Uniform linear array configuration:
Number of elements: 8
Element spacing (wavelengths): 0.75
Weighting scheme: hann
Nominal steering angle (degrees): -45
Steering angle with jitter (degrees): -45.24
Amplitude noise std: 0.05
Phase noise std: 0.05

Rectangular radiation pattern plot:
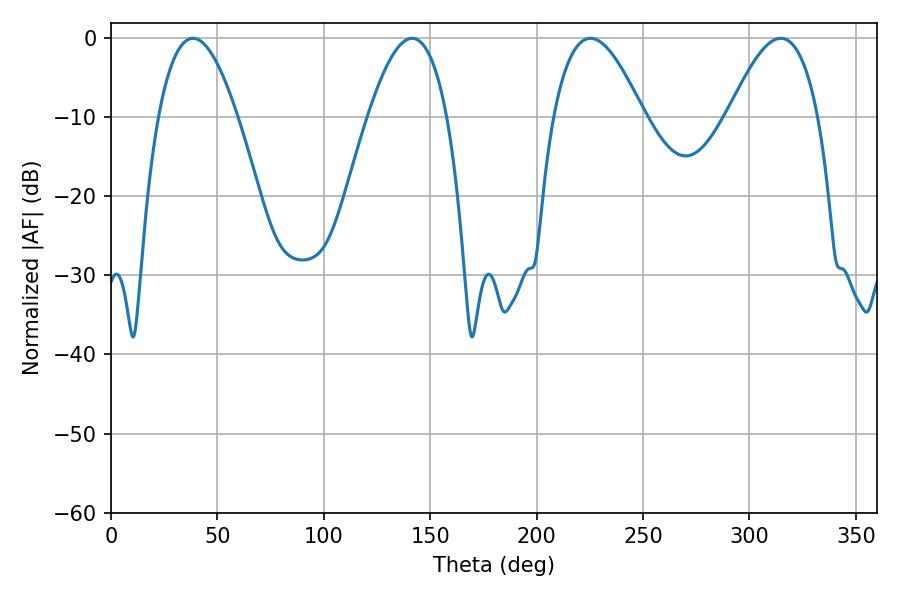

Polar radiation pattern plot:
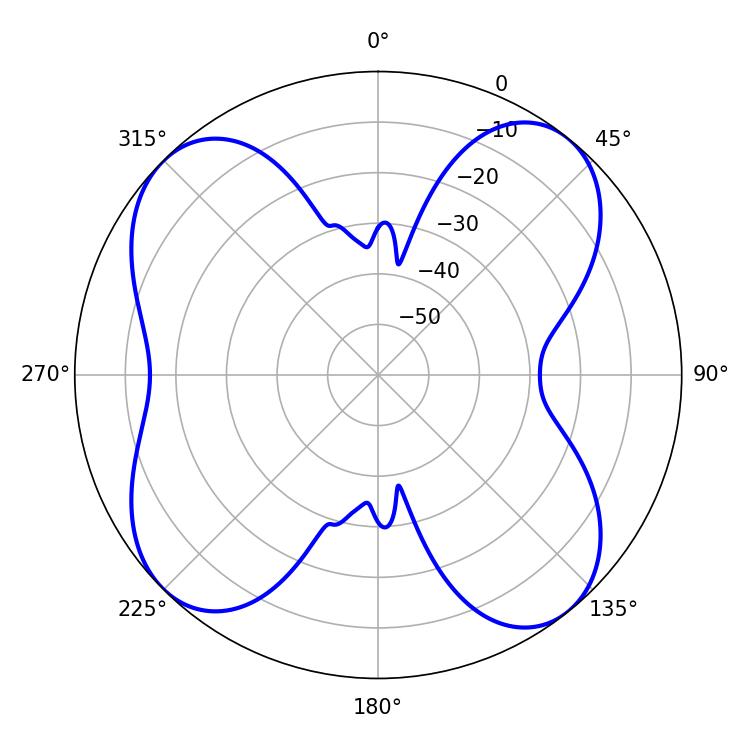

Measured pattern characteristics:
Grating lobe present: TRUE
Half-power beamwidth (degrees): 20.52
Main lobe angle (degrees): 38.52